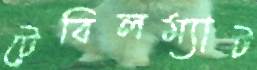
টেবিলম্যাট